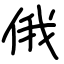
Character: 俄